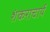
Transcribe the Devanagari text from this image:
शंकराचार्ये